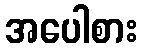
အပေါစား